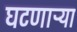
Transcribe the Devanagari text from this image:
घटणाऱ्या